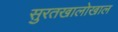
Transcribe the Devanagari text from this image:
सुरतखालोखाल